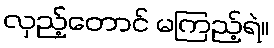
လှည့်တောင် မကြည့်ရဲ။